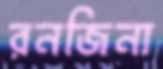
রনজিনা